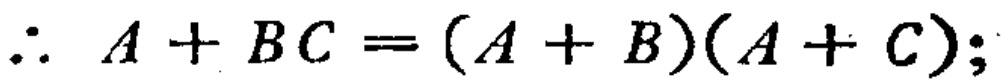
\(\therefore A + BC = (A + B)(A + C);\)